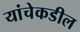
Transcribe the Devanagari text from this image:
यांचेकडील